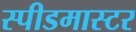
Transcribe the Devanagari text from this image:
स्पीडमास्टर